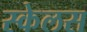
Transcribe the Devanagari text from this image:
स्केलस